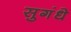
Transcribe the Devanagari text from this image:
सुगंधे